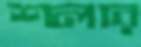
শলার